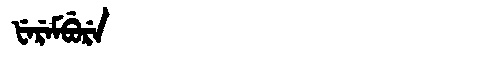
Manchu: ᡶᡝᡵᡝᠮᠪᡠᡵᡝ
Romanization: FEREMBURE